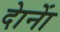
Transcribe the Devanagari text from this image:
दाेनाें